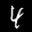
Label: 4